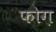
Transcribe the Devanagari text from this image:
फोग़